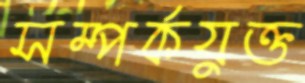
সম্পর্কযুক্ত